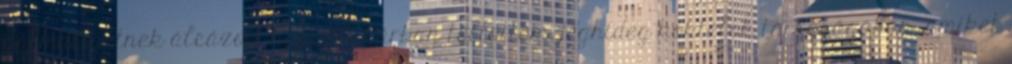
pálmaligetnek álcázott nappali bárban töltöttem, jéghideg koktélok társaságában, amiket